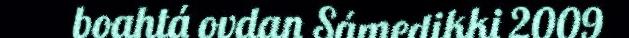
boahtá ovdan Sámedikki 2009